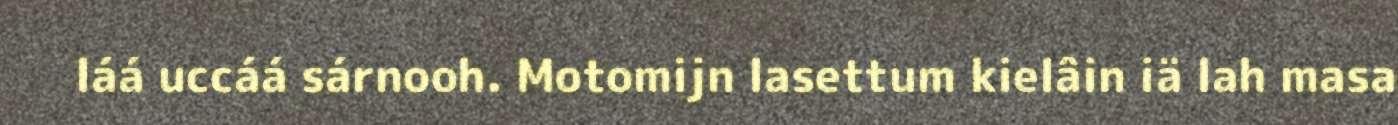
láá uccáá sárnooh. Motomijn lasettum kielâin iä lah masa